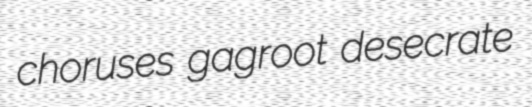
choruses gagroot desecrate